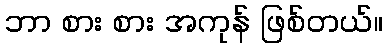
ဘာ စား စား အကုန် ဖြစ်တယ်။